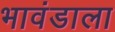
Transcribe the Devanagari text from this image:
भावंडाला